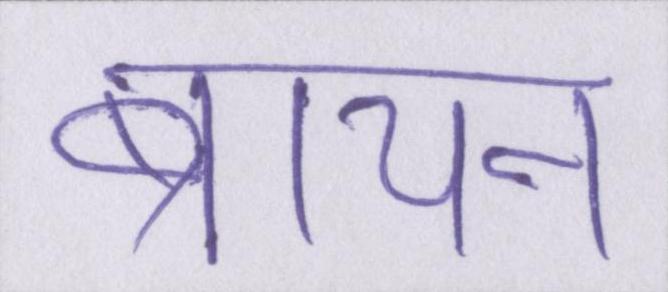
ब्रायन